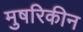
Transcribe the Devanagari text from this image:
मुषरिकीन